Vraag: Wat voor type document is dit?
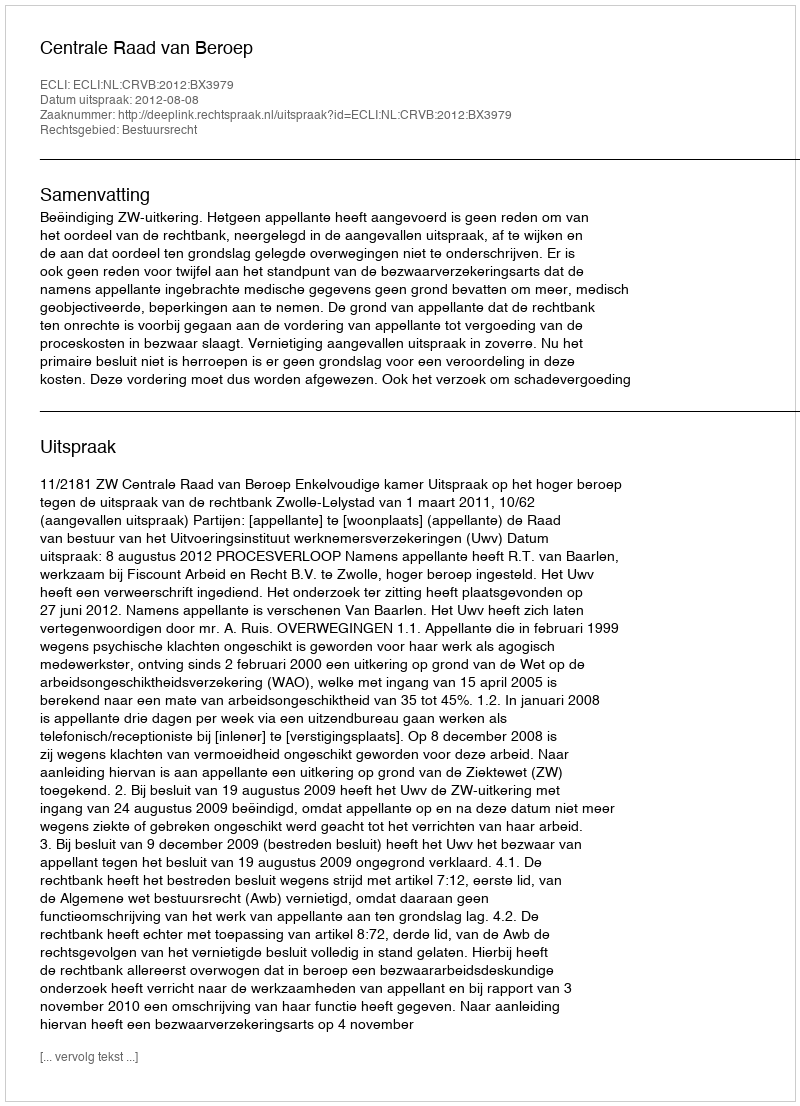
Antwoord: Uitspraak